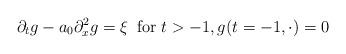
LaTeX: \begin{align*}\partial_tg-a_0\partial_x^2g=\xi\;\;\mbox{for}\; t>-1,g(t=-1,\cdot)=0\end{align*}